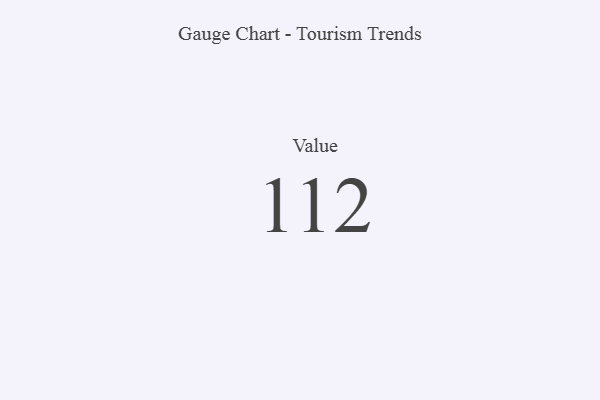
{"axis": {"x": "Metric", "y": "Value"}, "legend": [""], "data": [{"x": "Value", "y": 112, "type": ""}]}